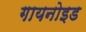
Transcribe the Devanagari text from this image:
गायनोइड